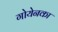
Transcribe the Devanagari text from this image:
गोयेनका